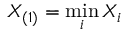
X _ { ( 1 ) } = \operatorname* { m i n } _ { i } X _ { i }